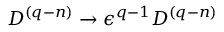
{ \cal D } ^ { ( q - n ) } \rightarrow \epsilon ^ { q - 1 } { \cal D } ^ { ( q - n ) }